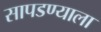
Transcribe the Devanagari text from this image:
सापडण्याला